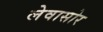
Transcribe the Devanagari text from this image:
लेवासोर